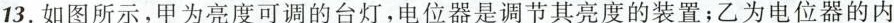
13.如图所示，甲为亮度可调的台灯，电位器是调节其亮度的装置；乙为电位器的内